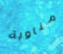
مناوبة